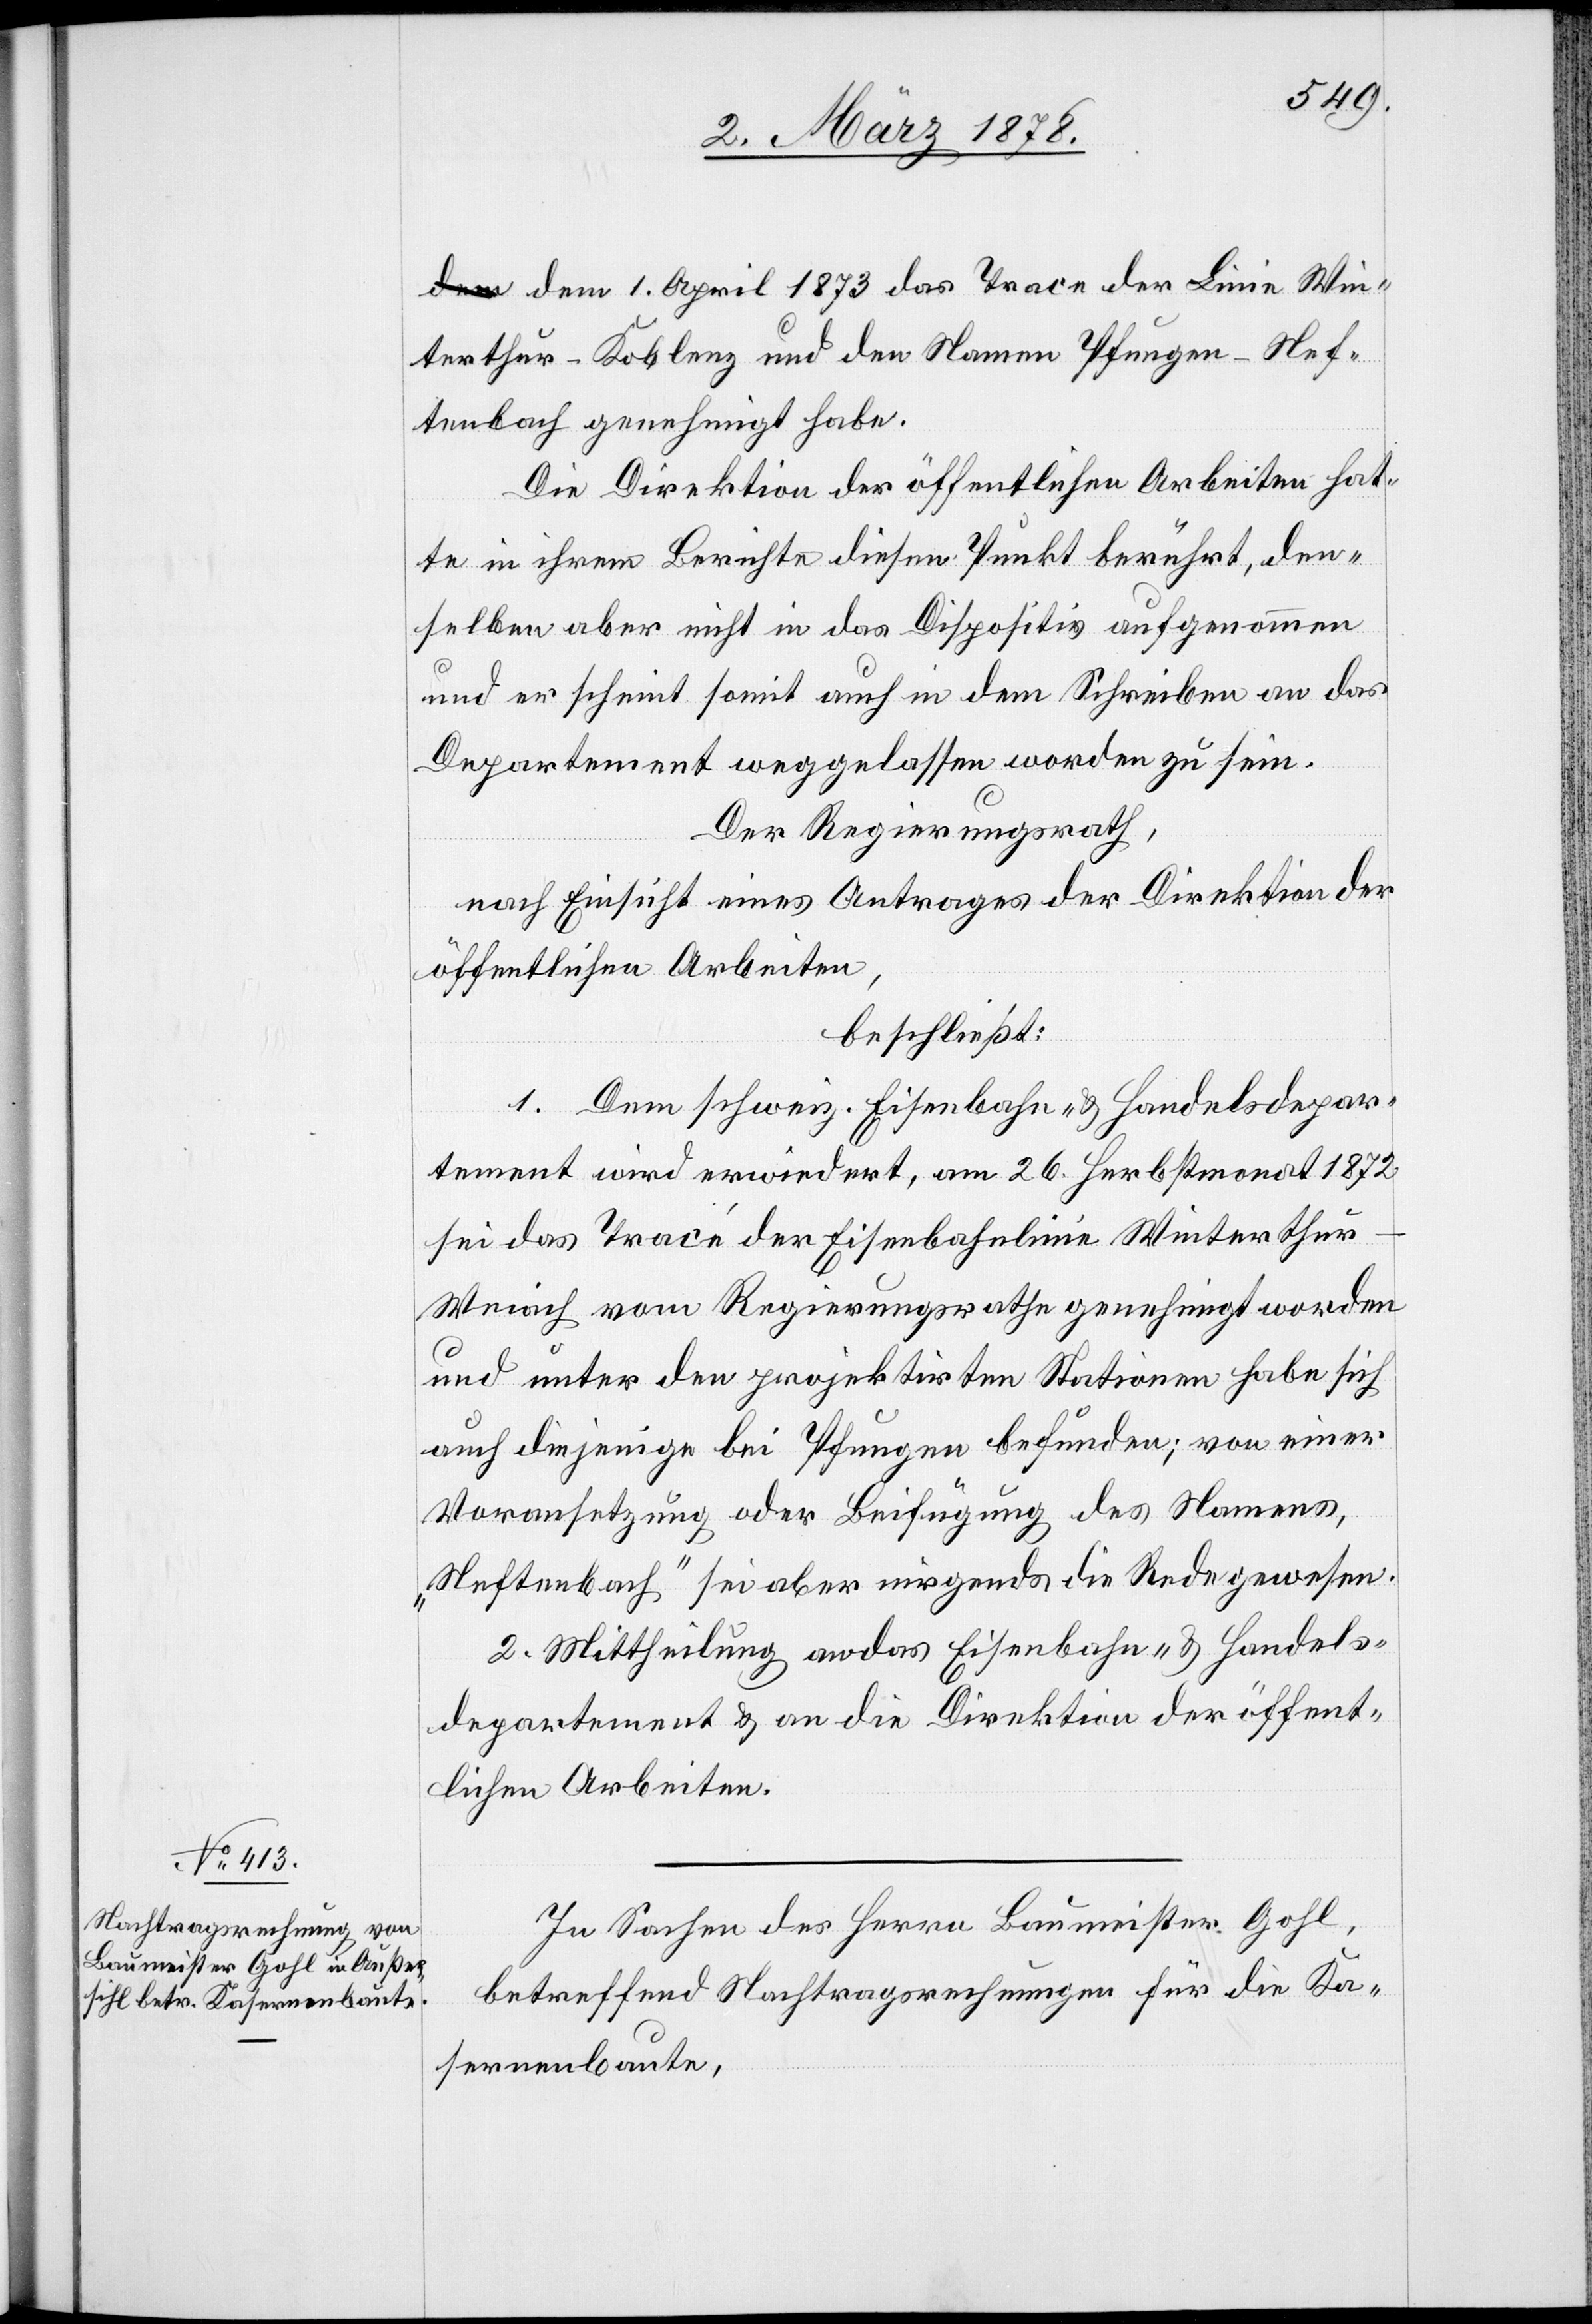
dem 1. April 1873 das Trace der Linie Win¬
terthur–Koblenz und den Namen Pfungen-Nef¬
tenbach genehmigt habe.
Die Direktion der öffentlichen Arbeiten hat¬
te in ihrem Berichte diesen Punkt berührt, den¬
selben aber nicht in das Dispositiv aufgenommen
und es scheint somit auch in dem Schreiben an das
Departement weggelassen worden zu sein.
Der Regierungsrath,
nach Einsicht eines Antrages der Direktion der
öffentlichen Arbeiten,
beschließt:
1. Dem schweiz. Eisenbahn- & Handelsdepar¬
tement wird erwiedert, am 26. Herbstmonat 1872
sei das Tracé der Eisenbahnlinie Winterthur–W¬
eiach vom Regierungsrathe genehmigt worde¬
n unter den projektirten Stationen habe sich
auch diejenige bei Pfungen befunden; von einer
Voransetzung oder Beifügung des Namens
„Neftenbach“ sei aber nirgends die Rede gewesen.
2. Mittheilung an das Eisenbahn- & Handels¬
departement & an die Direktion der öffent¬
lichen Arbeiten.
In Sachen des Herrn Baumeister Gohl,
betreffend Nachtragsrechnungen für die Ka¬
sernenbaute,